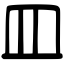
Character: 皿